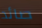
صائد